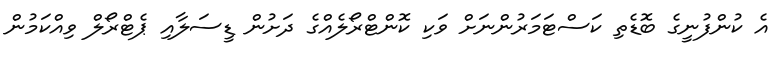
އެ ކުންފުނީގެ ބޮޑެތި ކަސްޓަމަރުންނަށް ވަކި ކޮންޓްރޯލެއްގެ ދަށުން ޑީސަލާއި ޕެޓްރޯލް ވިއްކަމުން